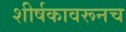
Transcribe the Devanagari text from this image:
शीर्षकावरूनच